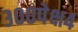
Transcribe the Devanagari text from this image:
३००पेक्ष४